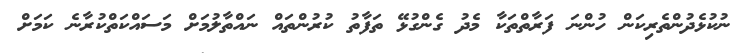
ނުކުޅެދުންތެރިކަން ހުންނަ ފަރާތްތަކާ މެދު ގެންގުޅޭ ތަފާތު ކުރުންތައް ނައްތާލުމަށް މަސައްކަތްކުރާނެ ކަމަށް